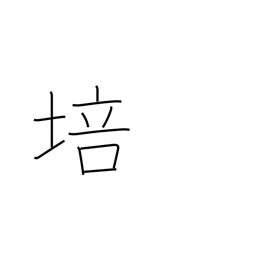
Meaning: foster